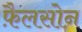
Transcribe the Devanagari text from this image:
फ़ैलसोन